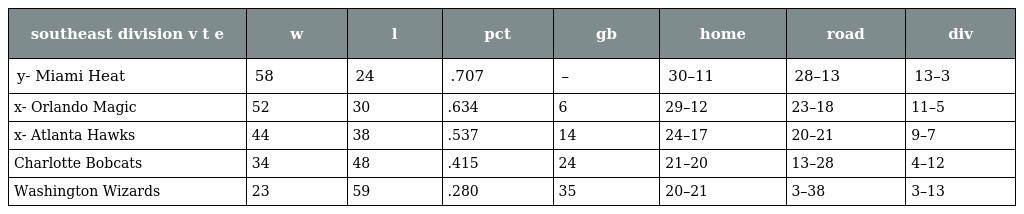
| southeast division v t e | w | l | pct | gb | home | road | div |
 | --- | --- | --- | --- | --- | --- | --- | --- |
 | y- Miami Heat | 58 | 24 | .707 | – | 30–11 | 28–13 | 13–3 |
 | x- Orlando Magic | 52 | 30 | .634 | 6 | 29–12 | 23–18 | 11–5 |
 | x- Atlanta Hawks | 44 | 38 | .537 | 14 | 24–17 | 20–21 | 9–7 |
 | Charlotte Bobcats | 34 | 48 | .415 | 24 | 21–20 | 13–28 | 4–12 |
 | Washington Wizards | 23 | 59 | .280 | 35 | 20–21 | 3–38 | 3–13 |